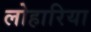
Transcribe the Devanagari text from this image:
लोहारिया